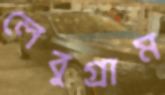
লেবুগ্রাম